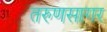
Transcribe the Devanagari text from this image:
तरुणसागर